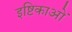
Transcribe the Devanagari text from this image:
इष्टिकाओं